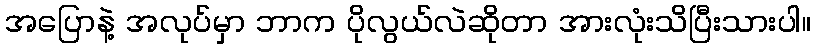
အပြောနဲ့ အလုပ်မှာ ဘာက ပိုလွယ်လဲဆိုတာ အားလုံးသိပြီးသားပါ။